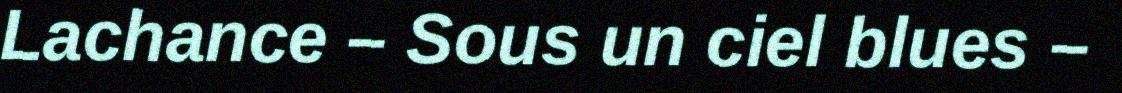
Lachance – Sous un ciel blues –